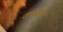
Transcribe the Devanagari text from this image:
जामडाल